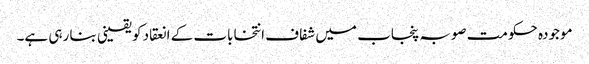
موجودہ حکومت صوبہ پنجاب میں شفاف انتخابات کے انعقاد کو یقینی بنا رہی ہے۔